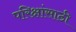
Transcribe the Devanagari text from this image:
परिक्षांसाठी